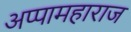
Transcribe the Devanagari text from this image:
अप्पामहाराज